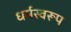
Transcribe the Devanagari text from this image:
धर्मस्वरूप